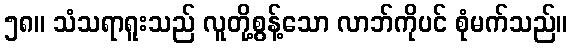
၅၈။ သံသရာရူးသည် လူတို့စွန့်သော လာဘ်ကိုပင် စုံမက်သည်။